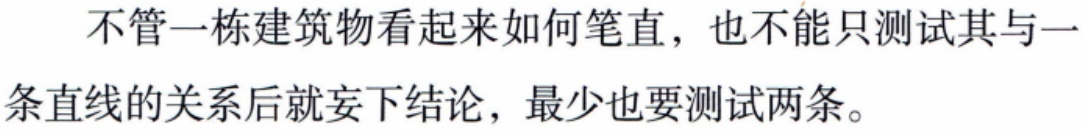
不管一栋建筑物看起来如何笔直，也不能只测试其与一条直线的关系后就妄下结论，最少也要测试两条。